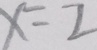
x = 2